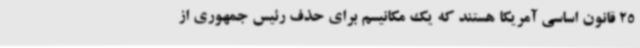
25 قانون اساسی آمریکا هستند که یک مکانیسم برای حذف رئیس جمهوری از